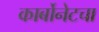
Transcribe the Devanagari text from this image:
कार्बोनेटचा